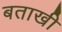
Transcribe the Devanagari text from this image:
बताखी